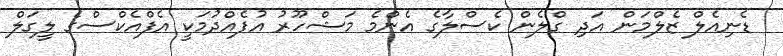
ޑެނިއެލް ޒެލްމަން އަދި ގްލެން ކެސްލާގެ އެންމެ މަޝްހޫރު އުފެއްދުމަކީ އެފްއެކްސްގެ ލީގަލް